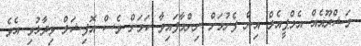
މަޝްރޫއެއް އެމްޕީއެލް އިން ފެށުމަށް ނިންމާފައިވާ ކަމަށް ވެސް އޮފިޝަލް ވިދާޅުވި އެވެ.